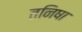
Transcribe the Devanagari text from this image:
तनिषा